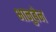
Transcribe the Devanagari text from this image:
भानुबेन